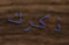
ذكرك